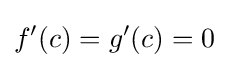
f'(c)=g'(c)=0